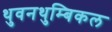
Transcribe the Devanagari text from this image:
थुवनथुम्बिकल